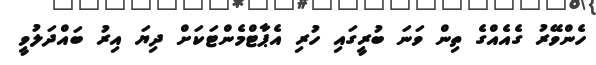
ހެންވޭރު ގެއެއްގެ ތިން ވަނަ ބުރީގައި ހުރި އެޕާޓްމެންޓަކަށް ދިޔަ އިރު ބައްދަލުވީ